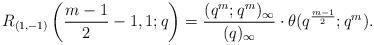
LaTeX: \begin{align*}R_{(1,-1)}\left(\frac{m-1}{2}-1,1;q\right) &= \frac{(q^m;q^m)_\infty}{(q)_\infty} \cdot \theta(q^{\frac{m-1}{2}};q^m).\end{align*}